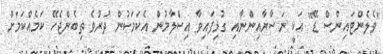
"ވެލެންޓައިންސް ޑޭ" އަކީ ނަސާރާއިންނާއި ގުޅިފައިވާ އިސްލާމުން އެކަމަކުން ދުރުވެ ތިބެންޖެހޭ ކަމެއްކަމަށް